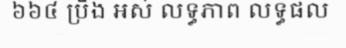
៦៦៤ ប្រឹង អស់ លទ្ធភាព លទ្ធផល